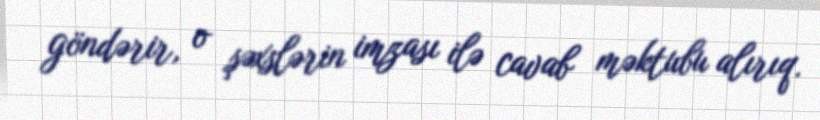
göndərir, o şəxslərin imzası ilə cavab məktubu alırıq.